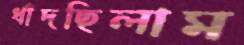
ধাঁদছিলাম